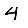
Digit: 4